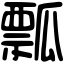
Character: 瓢